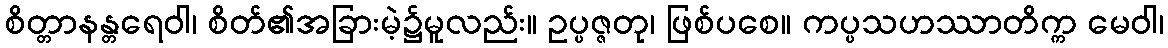
စိတ္တာနန္တရေဝါ၊ စိတ်၏အခြားမဲ့၌မူလည်း။ ဥပ္ပဇ္ဇတု၊ ဖြစ်ပစေ။ ကပ္ပသဟဿာတိက္က မေဝါ၊